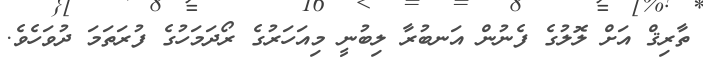
ތާރިޤް އަށް ލޮލުގެ ފެނުން އަނބުރާ ލިބުނީ މިއަހަރުގެ ރޯދަމަހުގެ ފުރަތަމަ ދުވަހެވެ.